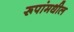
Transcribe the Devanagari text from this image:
रूपांमधील